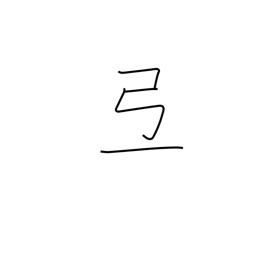
Meaning: phoneme only